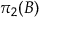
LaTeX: \pi _ { 2 } ( B )